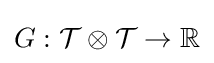
G:{\mathcal {T}}\otimes {\mathcal {T}}\to \mathbb {R}